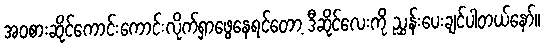
အဝစားဆိုင်ကောင်းကောင်းလိုက်ရှာဖွေနေရင်တော့ ဒီဆိုင်လေးကို ညွှန်းပေးချင်ပါတယ်နော်။